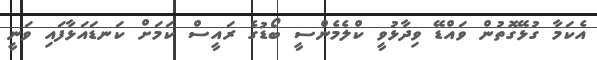
އެކަމާ ގުޅޭގޮތުން ވައްޑޭ ވިދާޅުވީ ކްލެމެންސީ ބޯޑުގެ ރައީސް ކަމަށް ކަނޑައަޅާފައި ވަނީ